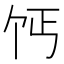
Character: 𫡔